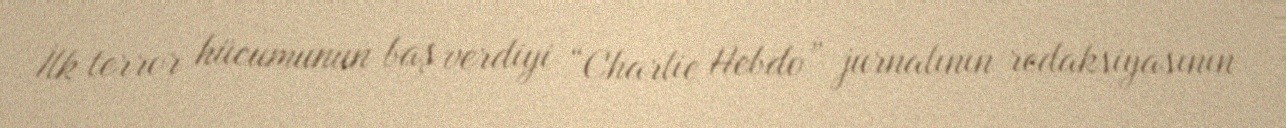
İlk terror hücumunun baş verdiyi “Charlie Hebdo” jurnalının redaksiyasının